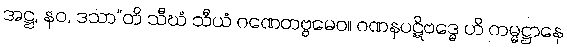
အဋ္ဌ, နဝ, ဒသာ”တိ သီဃံ သီယံ ဂဏေတဗ္ဗမေဝ။ ဂဏနပဋိဗဒ္ဓေ ဟိ ကမ္မဋ္ဌာနေ